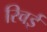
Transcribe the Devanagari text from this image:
रिवई